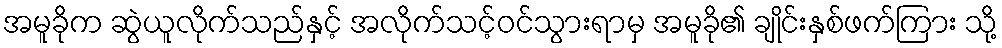
အမူခိုက ဆွဲယူလိုက်သည်နှင့် အလိုက်သင့်ဝင်သွားရာမှ အမူခို၏ ချိုင်းနှစ်ဖက်ကြား သို့